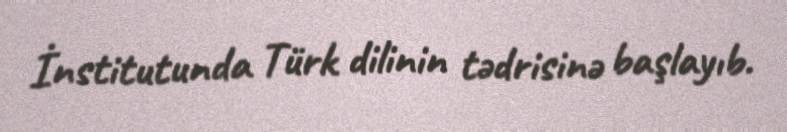
İnstitutunda Türk dilinin tədrisinə başlayıb.